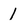
Character: 1